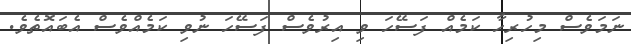
ނަމަވެސް މިހުރިހާ ކަމެއް ފަސޭހަ ވި އިރުވެސް ފަސޭހަ ނުވި ކަމެއްވެސް އެބައޮތެވެ.